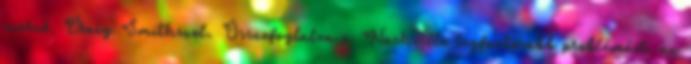
szerző, Craig Smithszel. Összefoglalva a Nashville legfontosabb problémáit, az